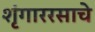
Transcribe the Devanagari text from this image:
शृंगाररसाचे